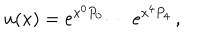
LaTeX: u ( x ) = e ^ { x ^ { 0 } P _ { 0 } } \cdots e ^ { x ^ { 4 } P _ { 4 } } \, ,